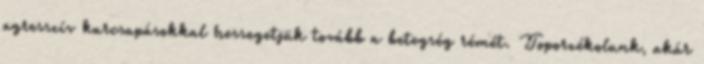
agresszív karcsapásokkal hessegetjük tovább a betegség rémét. Toporzékolunk, akár